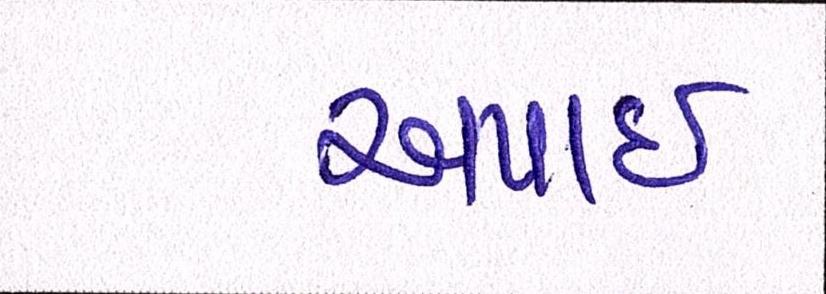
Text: અપાઇ